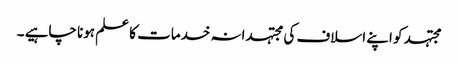
مجتہد کو اپنے اسلاف کی مجتہدانہ خدمات کا علم ہونا چاہیے ۔